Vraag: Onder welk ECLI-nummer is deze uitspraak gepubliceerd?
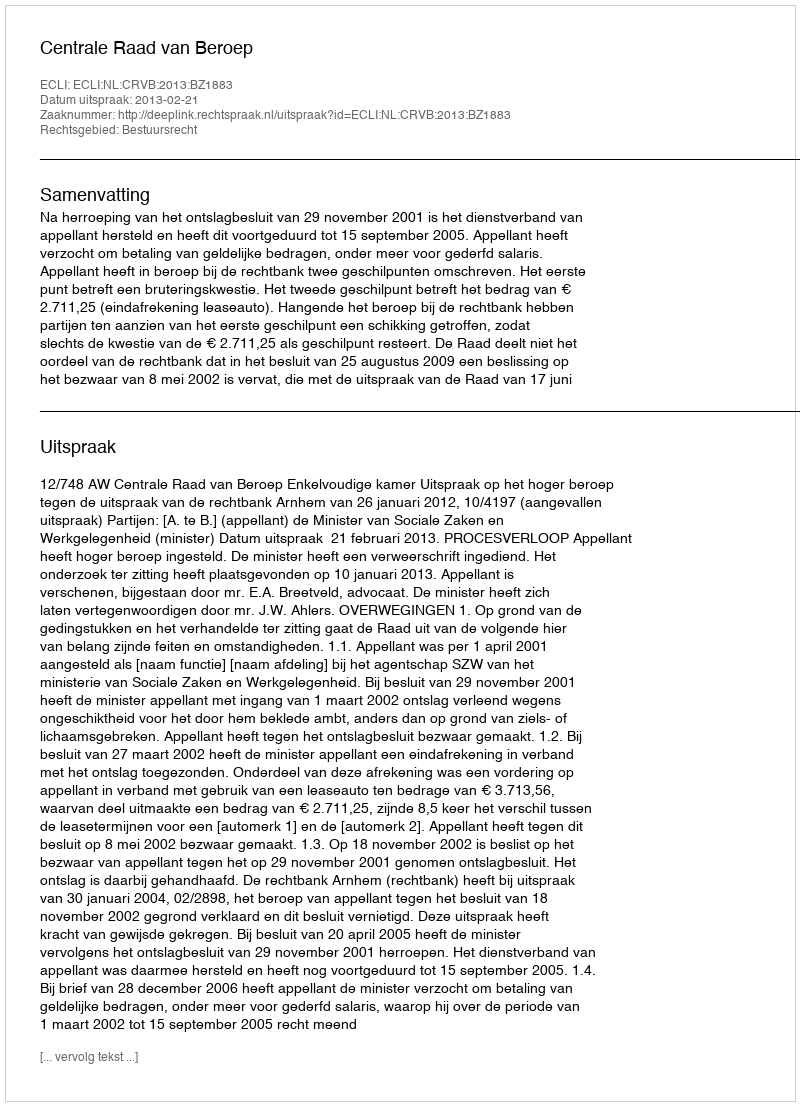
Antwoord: ECLI:NL:CRVB:2013:BZ1883